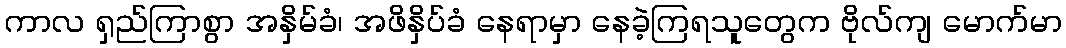
ကာလ ရှည်ကြာစွာ အနှိမ်ခံ၊ အဖိနှိပ်ခံ နေရာမှာ နေခဲ့ကြရသူတွေက ဗိုလ်ကျ မောက်မာ